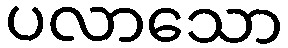
ပလာသော